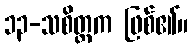
၁၃-သစိတ္တက ဖြစ်၏။